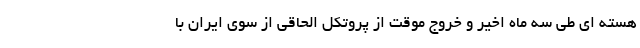
هسته ای طی سه ماه اخیر و خروج موقت از پروتکل الحاقی از سوی ایران با